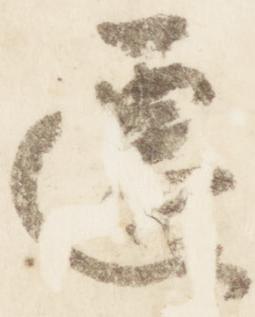
遷